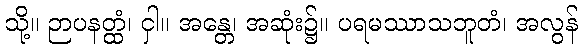
သို့။ ဉာပနတ္ထံ၊ ငှါ။ အန္တေ၊ အဆုံး၌။ ပရမဿာသဘူတံ၊ အလွန်